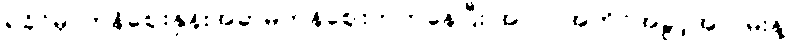
ရခိုင်မှာကုန်ဈေးနှုန်းအဆမတန်ဈေးတက်နေပြီး အလုပ်အကိုင်အခွင့်အလမ်းနဲ့